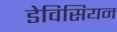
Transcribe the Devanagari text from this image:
डेविसियन